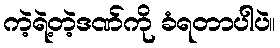
ကဲ့ရဲ့တဲ့ဒဏ်ကို ခံရတာပါပဲ။